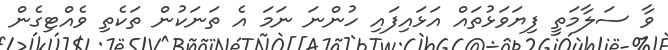
ވާ ސަލާމަތީ ފިޔަވަޅުތައް އަޅައިފައި ހުންނަ ނަމަ އެ ތަނަކުން ތަކެތި ވެއްޓިގެން